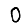
Digit: 0